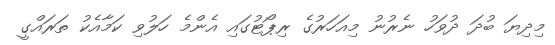
މިދިޔަ ބުދަ ދުވަހު ނެރުނު މިއަހަރުގެ ރިޕޯޓުގައި އެންމެ ހަލުވި ކަމާއެކު ތަރައްގީ